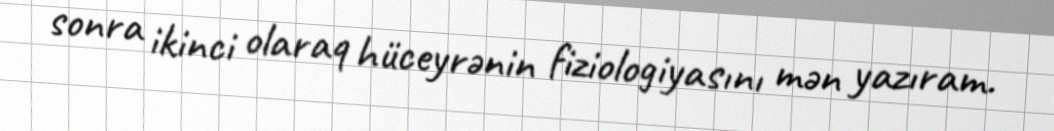
sonra ikinci olaraq hüceyrənin fiziologiyasını mən yazıram.